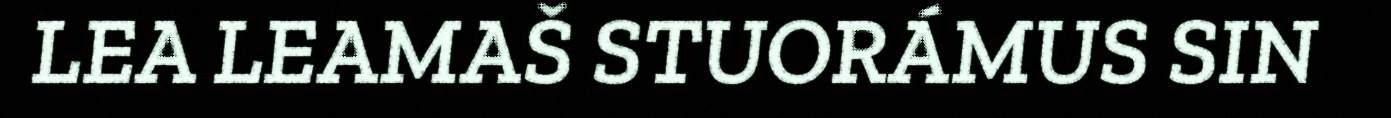
LEA LEAMAŠ STUORÁMUS SIN